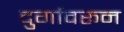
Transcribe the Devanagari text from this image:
दुर्गावरून